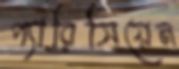
প্যারিসিয়েন